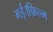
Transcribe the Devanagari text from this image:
गई।फ़िल्म